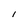
Character: 1